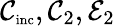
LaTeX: \mathcal{C}_{\textnormal{\scriptsize inc}},\mathcal{C}_{2},\mathcal{E}_{2}